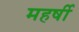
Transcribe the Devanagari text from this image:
महर्षी